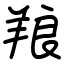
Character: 羪